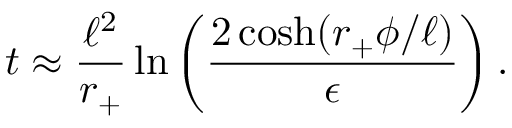
t \approx { \frac { \ell ^ { 2 } } { r _ { + } } } \ln \left( { \frac { 2 \cosh ( r _ { + } \phi / \ell ) } { \epsilon } } \right) .